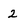
Character: 2